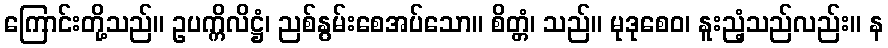
ကြောင်းတို့သည်။ ဥပက္ကိလိဋ္ဌံ၊ ညစ်နွမ်းစေအပ်သော။ စိတ္တံ၊ သည်။ မုဒုစေဝ၊ နူးညံ့သည်လည်း။ န